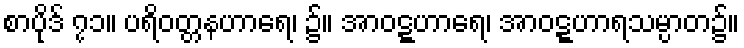
စာပိုဒ် ၇၁။ ပရိဝတ္တနဟာရေ၊ ၌။ အာဝဋ္ဋဟာရေ၊ အာဝဋ္ဋဟာရသမ္ပာတ၌။